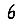
Digit: 6